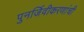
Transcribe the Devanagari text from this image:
पुनर्जिवीकरणांची